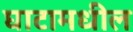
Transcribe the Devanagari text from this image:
घाटामधील